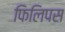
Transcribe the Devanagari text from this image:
फिलिपस